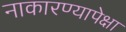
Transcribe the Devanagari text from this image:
नाकारण्यापेक्षा